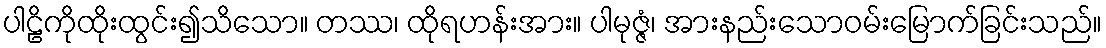
ပါဠိကိုထိုးထွင်း၍သိသော။ တဿ၊ ထိုရဟန်းအား။ ပါမုဇ္ဇံ၊ အားနည်းသောဝမ်းမြောက်ခြင်းသည်။